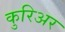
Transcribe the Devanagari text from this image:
कुरिअर